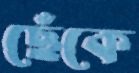
ছেঁকে